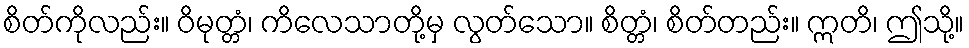
စိတ်ကိုလည်း။ ဝိမုတ္တံ၊ ကိလေသာတို့မှ လွတ်သော။ စိတ္တံ၊ စိတ်တည်း။ ဣတိ၊ ဤသို့။